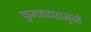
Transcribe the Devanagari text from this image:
फुगवट्यामुळे